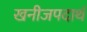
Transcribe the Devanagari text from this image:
खनीजपदार्थ